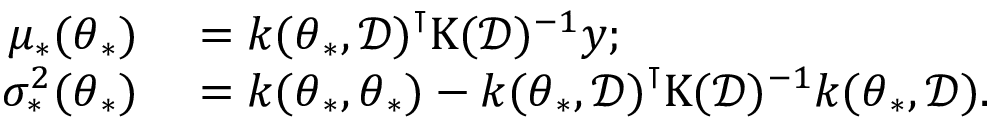
\begin{array} { r l } { \mu _ { * } ( \boldsymbol { \theta } _ { * } ) } & { { } = \boldsymbol { k } ( \boldsymbol { \theta } _ { * } , \mathcal { D } ) ^ { \intercal } \boldsymbol { \mathrm { K } } ( \mathcal { D } ) ^ { - 1 } \boldsymbol { y } ; } \\ { \sigma _ { * } ^ { 2 } ( \boldsymbol { \theta } _ { * } ) } & { { } = k ( \boldsymbol { \theta } _ { * } , \boldsymbol { \theta } _ { * } ) - \boldsymbol { k } ( \boldsymbol { \theta } _ { * } , \mathcal { D } ) ^ { \intercal } \boldsymbol { \mathrm { K } } ( \mathcal { D } ) ^ { - 1 } \boldsymbol { k } ( \boldsymbol { \theta } _ { * } , \mathcal { D } ) . } \end{array}